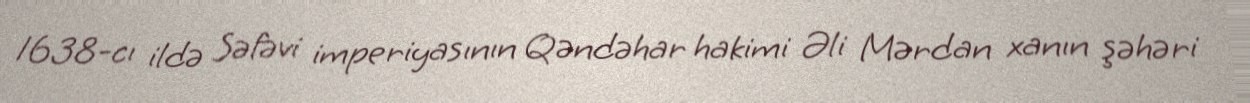
1638-cı ildə Səfəvi imperiyasının Qəndəhar hakimi Əli Mərdan xanın şəhəri